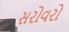
સરોવરો